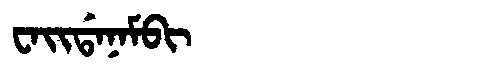
Manchu: ᠸᠠᡳᡩᠠᠨᠠᠮᠪᡳ
Romanization: WAIDANAMBI